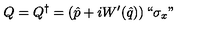
Q = Q ^ { \dagger } = \left( \hat { p } + i W ^ { \prime } ( \hat { q } ) \right) ` ` \sigma _ { x } "